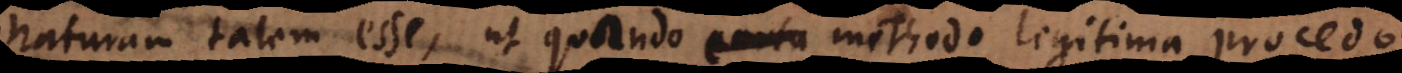
naturam talem esse, ut quando certa methodo legitima procedo